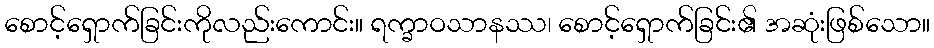
စောင့်ရှောက်ခြင်းကိုလည်းကောင်း။ ရက္ခာဝသာနဿ၊ စောင့်ရှောက်ခြင်း၏ အဆုံးဖြစ်သော။